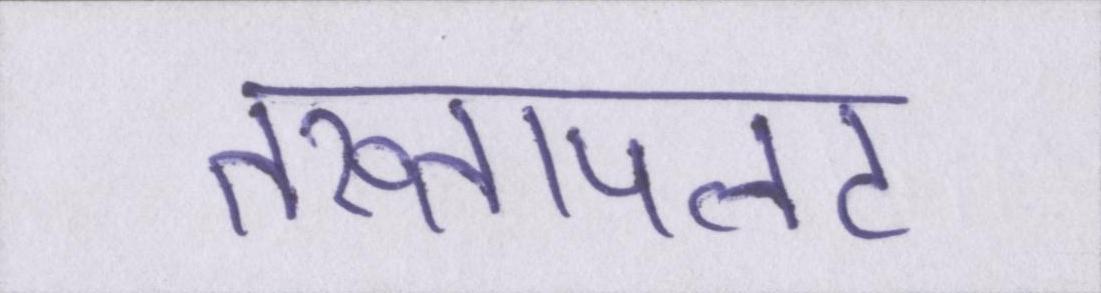
तख्तापलट